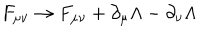
F _ { \mu \nu } \rightarrow F _ { \mu \nu } + \partial _ { \mu } \Lambda - \partial _ { \nu } \Lambda \quad